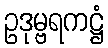
ဥဒုမ္ဗရကဋ္ဌံ